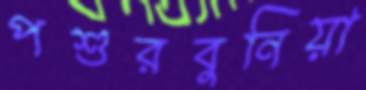
পশুরবুনিয়া